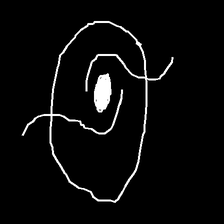
Glyph: repetition